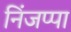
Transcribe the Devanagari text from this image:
निंजप्पा